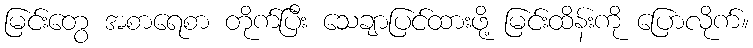
မြင်းတွေ အစာရေစာ တိုက်ပြီး သေချာပြင်ထားဖို့ မြင်းထိန်းကို ပြောလိုက်။